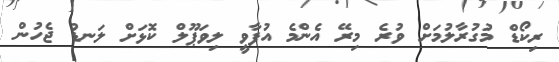
ރިކޯޑް މުގުރާލުމަށް ވުރެ މިރޭ އެންމެ އުފާވީ ލިވަޕޫލް ކޮޅަށް ލަނޑު ޖެހުުން